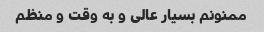
ممنونم بسیار عالی و به وقت و منظم